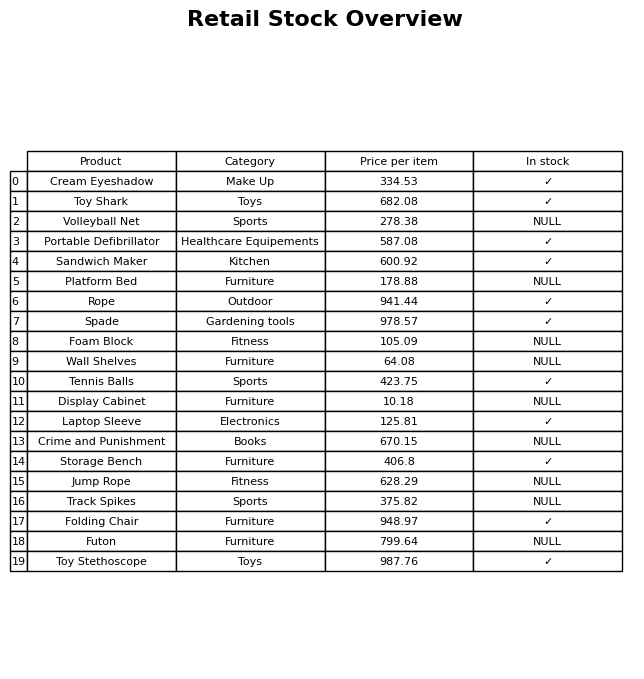
question: What category does the Sandwich Maker belong to?
answer: Kitchen